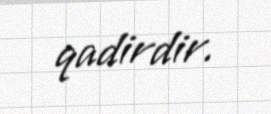
qadirdir.